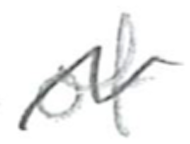
Text: of
Cross-out: wave
Writing tool: pencil